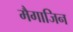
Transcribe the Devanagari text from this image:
मैगाजिन